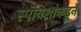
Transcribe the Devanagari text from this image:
स्पॅनिशांकडून